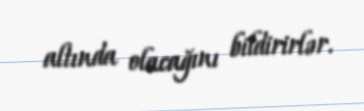
altında olacağını bildirirlər.